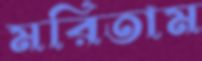
মরিতাম